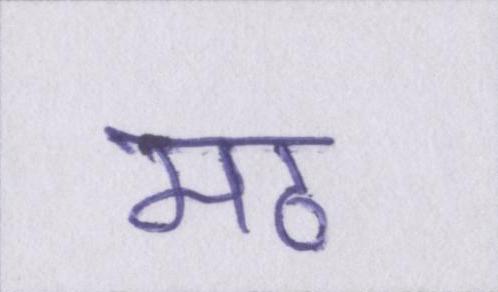
मठ